Annual administration report of the Civil Veterinary Department, Sind - 1940-1941
Year: 1940
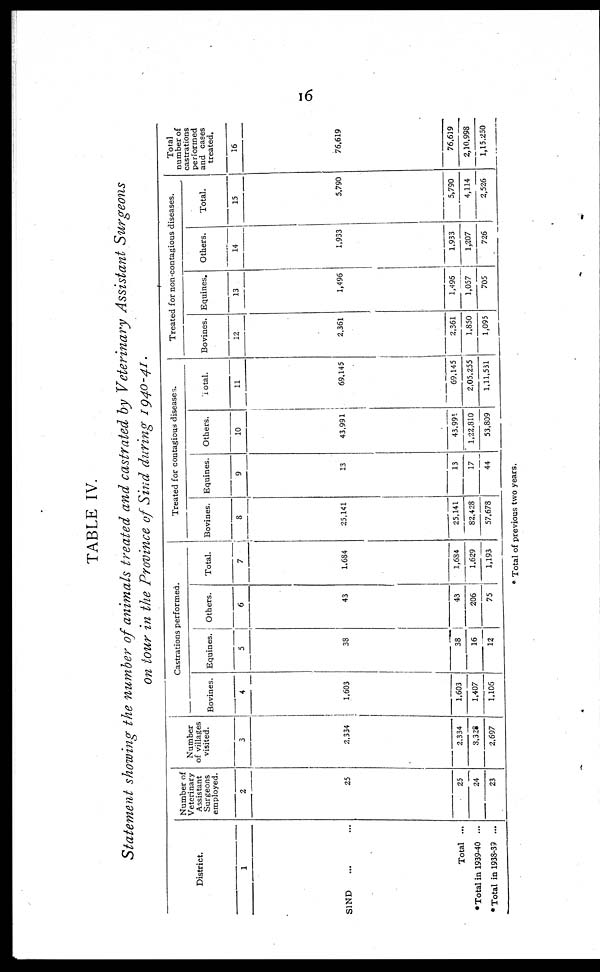
16
TABLE IV.
Statement showing the number of animals treated and castrated by Veterinary Assistant Surgeons
on tour in the Province of Sind during 1940-41.
District.
1
SIND ... ...
Total ...
*Total in 1939-40 ...
*Total in 1938-39 ...
Number of
Veterinary
Assistant
Surgeons
employed.
2
25
25
24
23
Number
of villages
visited.
3
2,334
2,334
3,328
2,697
Castrations performed.
Bovines.
4
1,603
1,603
1,407
1,106
Equines.
5
38
38
16
12
Others.
6
43
43
206
75
Total.
7
1,684
1,684
1,629
1,193
Treated for contagious diseases.
Bovines.
8
25,141
25,141
82,428
57,678
Equines.
9
13
13
17
44
Others.
10
43,991
43,991
1,22,810
53,809
Total.
11
69,145
69,145
2,05,255
1,11,531
Treated for non-contagious diseases.
Bovines.
12
2,361
2,361
1,850
1,095
Equines.
13
1,496
1,496
1,057
705
Others.
14
1,933
1,933
1,207
726
Total.
15
5,790
5,790
4,114
2,526
Total
number of
castrations
performed
and cases
treated.
16
76,619
76,619
2,10,998
1,15,250
* Total of previous two years.